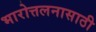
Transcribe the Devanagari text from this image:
भारोत्तलनासाठी